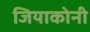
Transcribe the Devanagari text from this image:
जियाकोनी